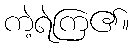
ကဲ့ရဲကြ၏။